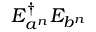
E _ { a ^ { n } } ^ { \dagger } E _ { b ^ { n } }